Annual report of the Punjab Veterinary College and of the Civil Veterinary Department, Punjab - 1926-1932
Year: 1926
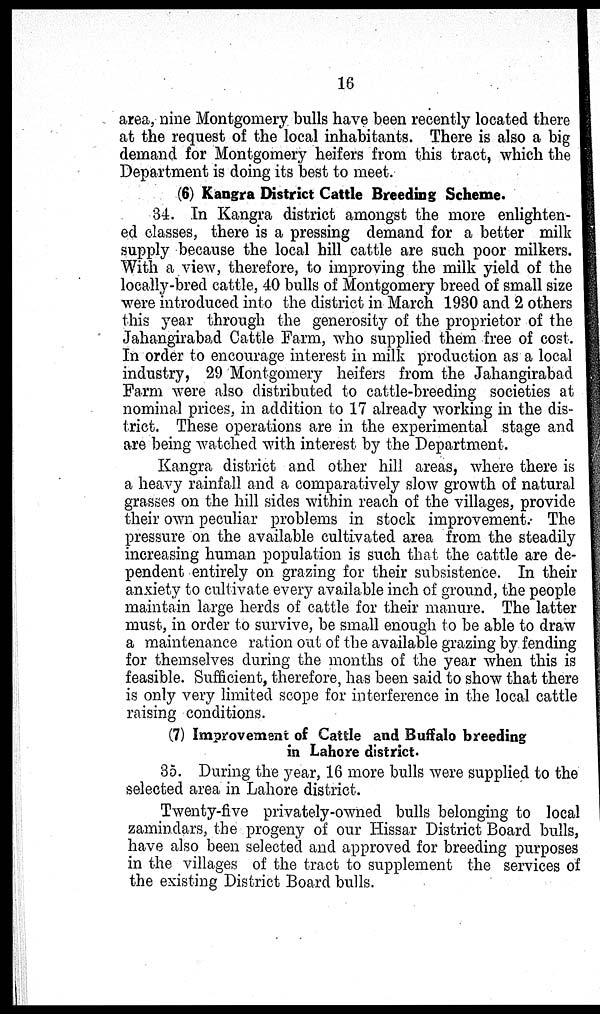
16
area, nine Montgomery bulls have been recently located there
at the request of the local inhabitants. There is also a big
demand for Montgomery heifers from this tract, which the
Department is doing its best to meet.
(6) Kangra District Cattle Breeding Scheme.
34. In Kangra district amongst the more enlighten-
ed classes, there is a pressing demand for a better milk
supply because the local hill cattle are such poor milkers.
With a view, therefore, to improving the milk yield of the
locally-bred cattle, 40 bulls of Montgomery breed of small size
were introduced into the district in March 1930 and 2 others
this year through the generosity of the proprietor of the
Jahangirabad Cattle Farm, who supplied them free of cost.
In order to encourage interest in milk production as a local
industry, 29 Montgomery heifers from the Jahangirabad
Farm were also distributed to cattle-breeding societies at
nominal prices, in addition to 17 already working in the dis-
trict. These operations are in the experimental stage and
are being watched with interest by the Department.
Kangra district and other hill areas, where there is
a heavy rainfall and a comparatively slow growth of natural
grasses on the hill sides within reach of the villages, provide
their own peculiar problems in stock improvement. The
pressure on the available cultivated area from the steadily
increasing human population is such that the cattle are de-
pendent entirely on grazing for their subsistence. In their
anxiety to cultivate every available inch of ground, the people
maintain large herds of cattle for their manure. The latter
must, in order to survive, be small enough to be able to draw
a maintenance ration out of the available grazing by fending
for themselves during the months of the year when this is
feasible. Sufficient, therefore, has been said to show that there
is only very limited scope for interference in the local cattle
raising conditions.
(7) Improvement of Cattle and Buffalo breeding
in Lahore district.
35. During the year, 16 more bulls were supplied to the
selected area in Lahore district.
Twenty-five privately-owned bulls belonging to local
zamindars, the progeny of our Hissar District Board bulls,
have also been selected and approved for breeding purposes
in the villages of the tract to supplement the services of
the existing District Board bulls.